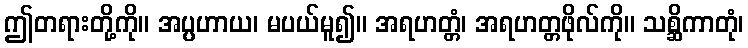
ဤတရားတို့ကို။ အပ္ပဟာယ၊ မပယ်မူ၍။ အရဟတ္တံ၊ အရဟတ္တဖိုလ်ကို။ သစ္ဆိကာတုံ၊